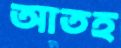
আতহ